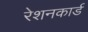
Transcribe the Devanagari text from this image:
रेशनकार्ड